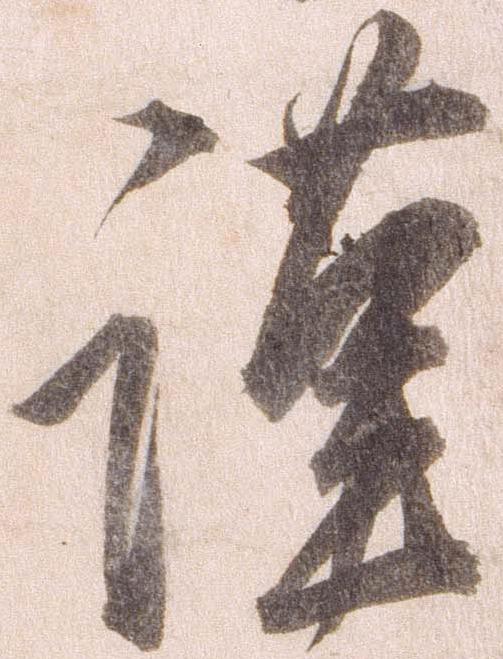
謹